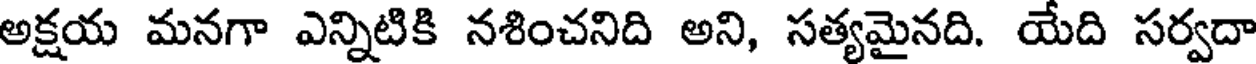
అక్షయ మనగా ఎన్నిటికి నశించనిది అని, సత్యమైనది. యేది సర్వదా